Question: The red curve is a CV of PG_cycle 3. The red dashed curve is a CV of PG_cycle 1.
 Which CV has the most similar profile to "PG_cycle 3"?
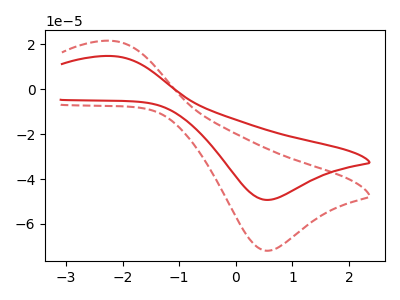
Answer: <think>The red curve "PG_cycle 3" has an anodic peak at (-2.15V, 14.70uA) and a cathodic peak at (0.60V, -49.30uA). The red dashed curve "PG_cycle 1" has an anodic peak at (-2.15V, 21.50uA) and a cathodic peak at (0.60V, -71.90uA).
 All the peaks in "PG_cycle 3" have a peak in "PG_cycle 1" at the same potential. Every peak in "PG_cycle 3" is lower than every peak in "PG_cycle 1".</think>
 <answer>The CV with the most similar shape to "PG_cycle 1" is "PG_cycle 3".</answer>
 <eval>"PG_cycle 3"</eval>